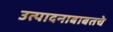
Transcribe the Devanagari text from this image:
उत्पादनाबाबतचे